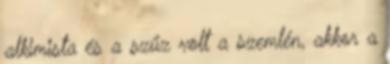
alkimista és a szűz volt a szemlén, akkor a